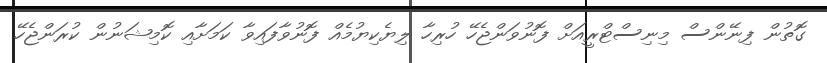
ގޮތުން ފިނޭންސް މިނިސްޓްރީއަށް ފޮނުވަންޖެހޭ ހުރިހާ ލިޔެކިޔުމެއް ފޮނުވާފައިވާ ކަމަށާއި ކޮމިޝަނުން ކުރަންޖެހޭ